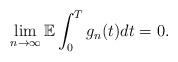
\begin{align*}\lim_{n\rightarrow \infty} \mathbb{E} \int_0^T g_n(t) dt = 0.\end{align*}